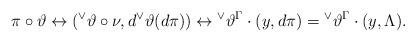
LaTeX: \begin{align*}\pi \circ \vartheta \leftrightarrow ({^\vee}\vartheta \circ \nu, d {^\vee}\vartheta (d\pi)) \leftrightarrow {^\vee}\vartheta^{\Gamma}\cdot(y, d\pi) = {^\vee}\vartheta^{\Gamma}\cdot (y,\Lambda).\end{align*}